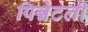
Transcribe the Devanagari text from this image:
पिन्नेटली